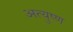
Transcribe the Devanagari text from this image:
अत्युष्ण